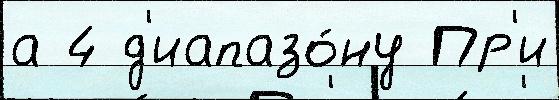
а 4 д'иапазо́ну Пр'и